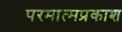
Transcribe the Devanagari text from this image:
परमात्मप्रकाश